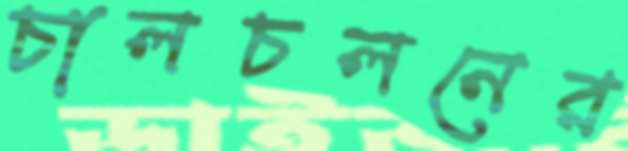
চালচলনের